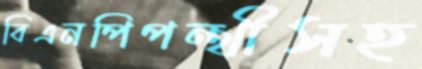
বিএনপিপন্থীসহ